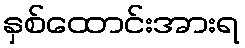
နှစ်ထောင်းအားရ